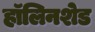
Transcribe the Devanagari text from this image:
हॉलिनशेड